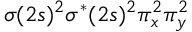
\sigma ( 2 s ) ^ { 2 } \sigma ^ { * } ( 2 s ) ^ { 2 } \pi _ { x } ^ { 2 } \pi _ { y } ^ { 2 }